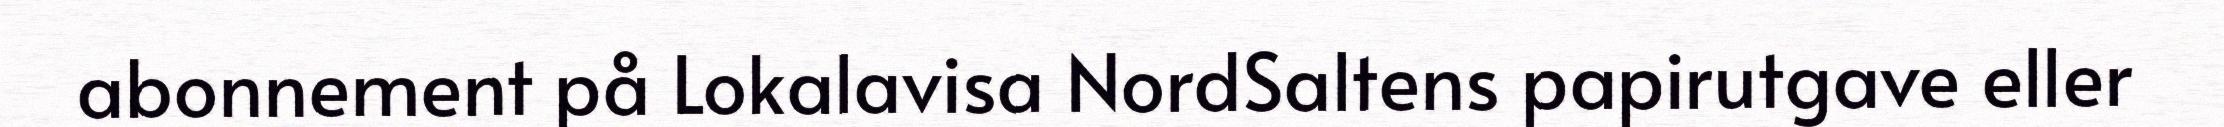
abonnement på Lokalavisa NordSaltens papirutgave eller